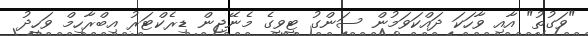
"ވަގުތު" އާއި ވާހަކަ ދައްކަވަމުން ސަންގު ޓީވީގެ މެނޭޖިން ޑިރެކްޓަރު އިބްރާހިމް ވަހީދު